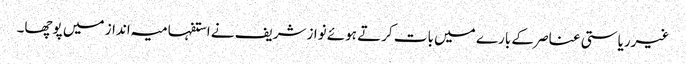
غیرریاستی عناصر کے بارے میں بات کرتے ہوئے نوازشریف نے استفہامیہ انداز میں پوچھا۔